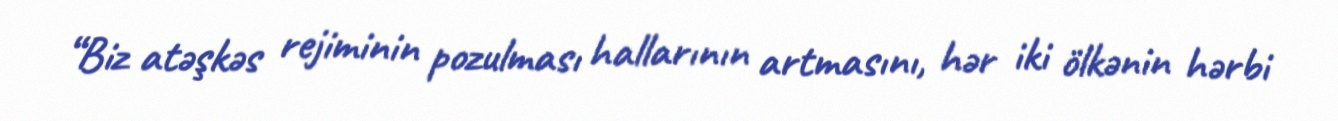
“Biz atəşkəs rejiminin pozulması hallarının artmasını, hər iki ölkənin hərbi